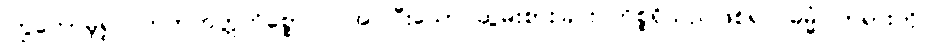
ကြွတော်မူ၍။ ကတဘတ္တကိစ္စော၊ ပြုအပ်ပြီးသော ဆွမ်းစားခြင်း ကိစ္စရှိသည်ဖြစ်၍။ ဓမ္မံ၊ တရားကို။